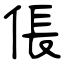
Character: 倀